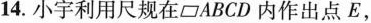
14.小宇利用尺规在\parallelogram ABCD内作出点E，